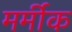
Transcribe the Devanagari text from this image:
मर्मीक